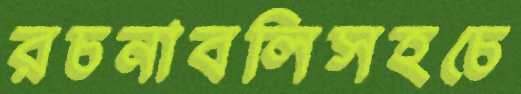
রচনাবলিসহচে